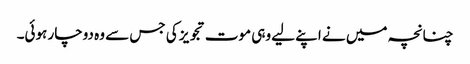
چنانچہ میں نے اپنے لیے وہی موت تجویز کی جس سے وہ دوچار ہوئی۔